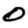
Digit: 0